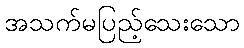
အသက်မပြည့်သေးသော